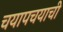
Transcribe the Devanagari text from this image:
चयापचयाची